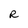
Character: R